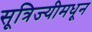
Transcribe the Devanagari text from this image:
सूत्रिज्यीमधून